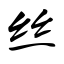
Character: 丝